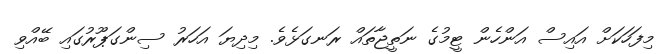
މިފަހަކަށް އައިސް އަންހެން ޓީމުގެ ނަތީޖާތައް ރަނގަޅެވެ. މިދިޔަ އަހަރު ސިންގަޕޫރުގައި ބޭއްވި